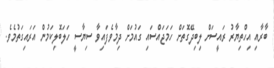
ބާރާއި އިހްތިޔާރު ރައީސަށް ލިބިދޭގޮތަށް ހަމަޖައްސައި ގައުމަށް ދިމާވެފައިވާ ސިޔާސީ ހަލަބޮލިކަމުން އަރައިގަތުމެވެ.